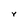
Character: Y